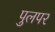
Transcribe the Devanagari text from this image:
पुलपर